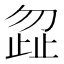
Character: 𭭩